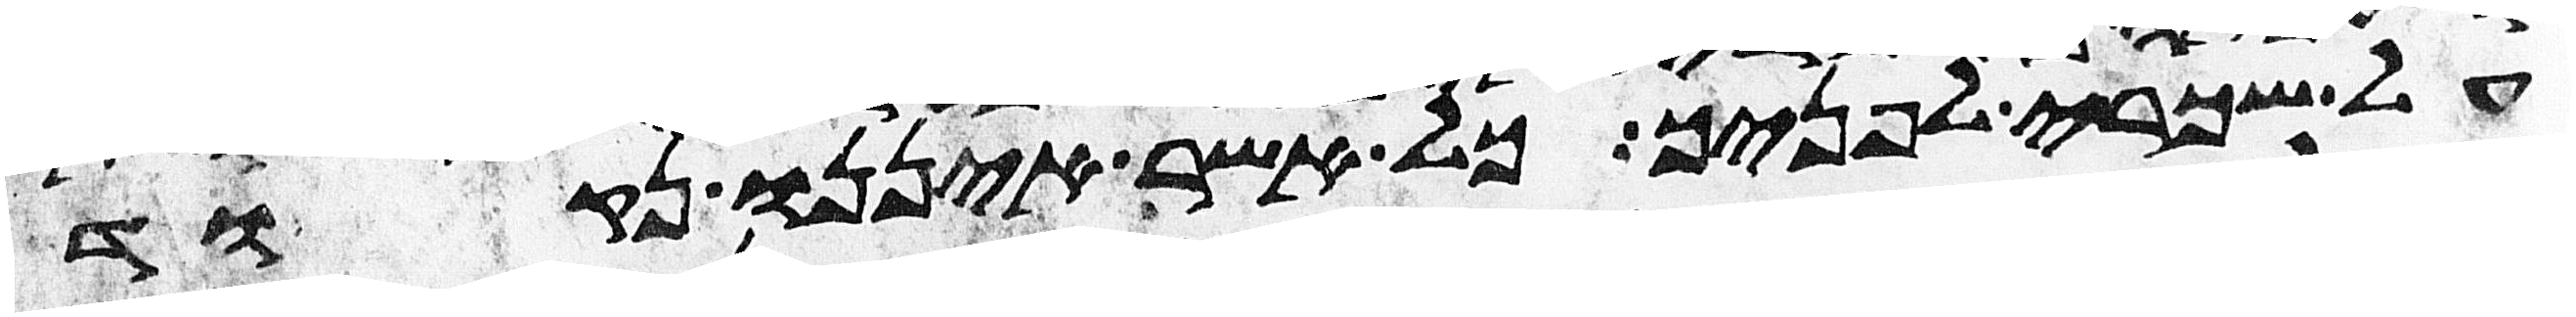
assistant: על שכרי לפניך כל אשר איננו נקוד